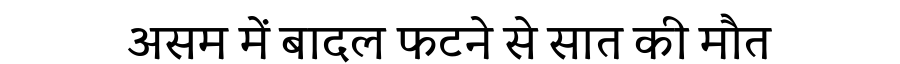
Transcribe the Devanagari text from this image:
असम में बादल फटने से सात की मौत